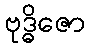
ဗုဒ္ဓိဇော